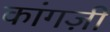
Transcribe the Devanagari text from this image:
कांगज़ी